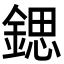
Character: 鍶